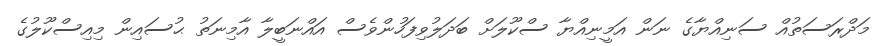
މަދްރަސަތުއް ސަނިއްޔާގެ ނަން އަމީނިއްޔާ ސްކޫލަށް ބަދަލުވިފަހުންވެސް އައްނަބީލާ އާމިނަތު ޙުސައިން މިއިސްކޫލުގެ